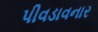
પીવડાવનાર